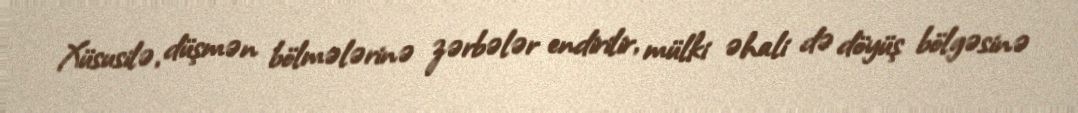
Xüsusilə, düşmən bölmələrinə zərbələr endirilir, mülki əhali də döyüş bölgəsinə